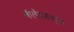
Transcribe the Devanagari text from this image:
कॅलेंडरवर्ष